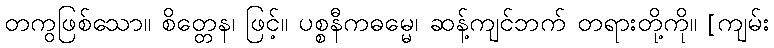
တကွဖြစ်သော။ စိတ္တေန၊ ဖြင့်။ ပစ္စနီကဓမ္မေ၊ ဆန့်ကျင်ဘက် တရားတို့ကို။ [ကျမ်း